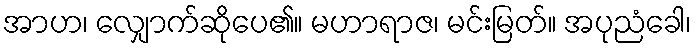
အာဟ၊ လျှောက်ဆိုပေ၏။ မဟာရာဇ၊ မင်းမြတ်။ အပုညံခေါ၊